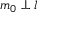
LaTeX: m _ { 0 } \perp l